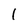
Character: l